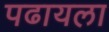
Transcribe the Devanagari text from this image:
पढायला